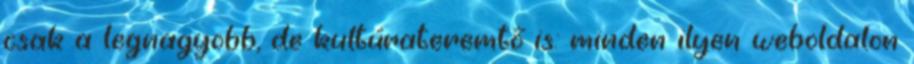
csak a legnagyobb, de kultúrateremtő is: minden ilyen weboldalon